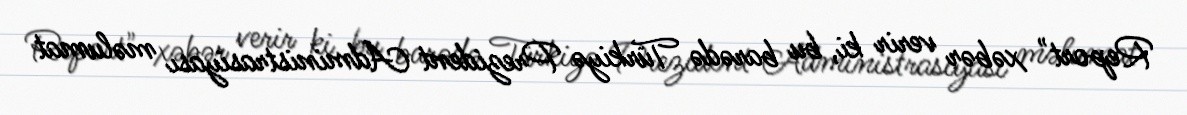
Report" xəbər verir ki, bu barədə Türkiyə Prezident Administrasiyası məlumat